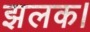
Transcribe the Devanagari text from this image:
झलक।